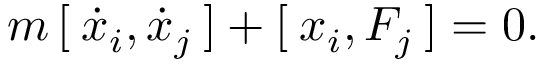
m \, [ \: \dot { x } _ { i } , \dot { x } _ { j } \: ] + [ \: x _ { i } , F _ { j } \: ] = 0 .